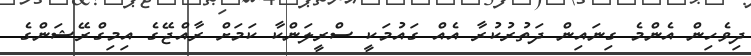
ދިވެހިން އެންމެ ގިނައިން ދަތުރުކުރާ އެއް ގައުމަކީ ސްރީލަންކާ ކަމަށް ރާއްޖޭގެ އިމިގްރޭޝަންގެ